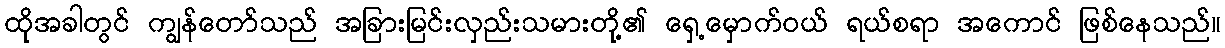
ထိုအခါတွင် ကျွန်တော်သည် အခြားမြင်းလှည်းသမားတို့၏ ရှေ့မှောက်ဝယ် ရယ်စရာ အကောင် ဖြစ်နေသည်။